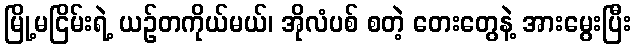
မြို့မငြိမ်းရဲ့ ယဉ်တကိုယ်မယ်၊ အိုလံပစ် စတဲ့ တေးတွေနဲ့ အားမွေးပြီး